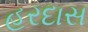
હરદાસ